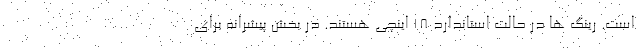
است. رینگ ها در حالت استاندارد 18 اینچی هستند. در بخش پیشرانه برای